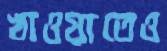
খাওয়াতেও